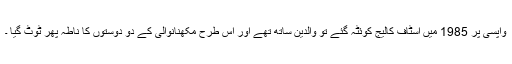
واپسی پر 1985 میں اسٹاف کالیج کوئٹہ گئے تو والدین ساتھ تھے اور اس طرح مکھنانوالی کے دو دوستوں کا ناطہ پھر ٹوٹ گیا ۔